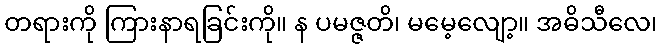
တရားကို ကြားနာရခြင်းကို။ န ပမဇ္ဇတိ၊ မမေ့လျော့။ အဓိသီလေ၊